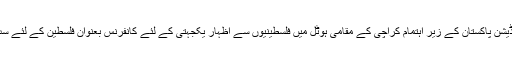
مرکز اطلاعات) فلسطین فاؤنڈیشن پاکستان کے زیر اہتمام کراچی کے مقامی ہوٹل میں فلسطینیوں سے اظہار یکجہتی کے لئے کانفرنس بعنوان فلسطین کے لئے سب ساتھ ساتھ کا انعقاد کیا گیا۔